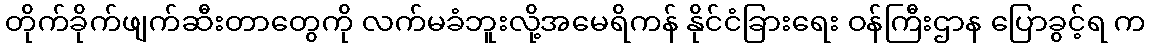
တိုက်ခိုက်ဖျက်ဆီးတာတွေကို လက်မခံဘူးလို့အမေရိကန် နိုင်ငံခြားရေး ဝန်ကြီးဌာန ပြောခွင့်ရ က